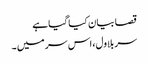
قصا بیان کیا گیا ہے
سر بلاول، اس سر میں ۔